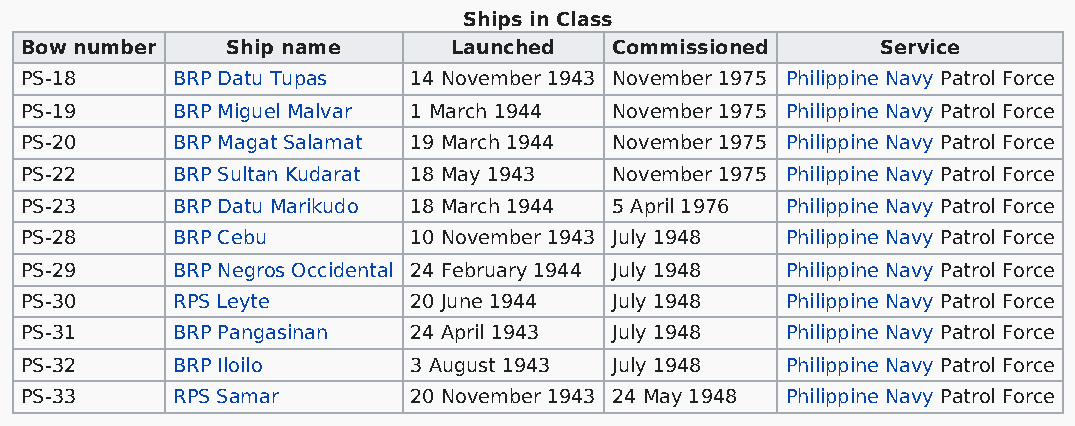
Ships in Class
 Bow number    Ship name      Launched   Commissioned     Service
 PS-18     BRP Datu Tupas  14 November 1943 November 1975 Philippine Navy Patrol Force
 PS-19     BRP Miguel Malvar 1 March 1944 November 1975 Philippine Navy Patrol Force
 PS-20     BRP Magat Salamat 19 March 1944 November 1975 Philippine Navy Patrol Force
 PS-22     BRP Sultan Kudarat 18 May 1943 November 1975 Philippine Navy Patrol Force
 PS-23     BRP Datu Marikudo 18 March 1944 5 April 1976 Philippine Navy Patrol Force
 PS-28     BRP Cebu        10 November 1943 July 1948 Philippine Navy Patrol Force
 PS-29     BRP Negros Occidental 24 February 1944 July 1948 Philippine Navy Patrol Force
 PS-30     RPS Leyte       20 June 1944  July 1948  Philippine Navy Patrol Force
 PS-31     BRP Pangasinan  24 April 1943 July 1948  Philippine Navy Patrol Force
 PS-32     BRP Iloilo      3 August 1943 July 1948  Philippine Navy Patrol Force
 PS-33     RPS Samar       20 November 1943 24 May 1948 Philippine Navy Patrol Force